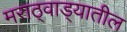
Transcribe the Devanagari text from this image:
मराठ्वाड्यातील